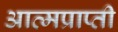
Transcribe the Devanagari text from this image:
आत्मप्राप्ती